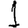
Digit: 1